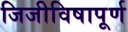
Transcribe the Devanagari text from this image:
जिजीविषापूर्ण